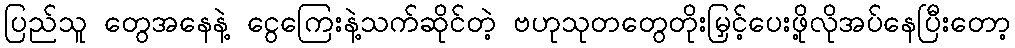
ပြည်သူ တွေအနေနဲ့ ငွေကြေးနဲ့သက်ဆိုင်တဲ့ ဗဟုသုတတွေတိုးမြှင့်ပေးဖို့လိုအပ်နေပြီးတော့